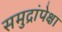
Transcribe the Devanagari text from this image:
समुद्रांपेक्षा